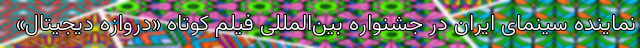
نماینده سینمای ایران در جشنواره بین‌المللی فیلم کوتاه «دروازه دیجیتال»